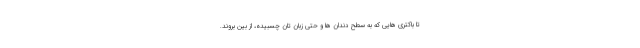
تا باکتری هایی که به سطح دندان ها و حتی زبان تان چسبیده، از بین بروند.